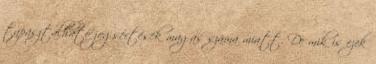
tapasztalható jogsértések magas száma miatt. De mik is ezek